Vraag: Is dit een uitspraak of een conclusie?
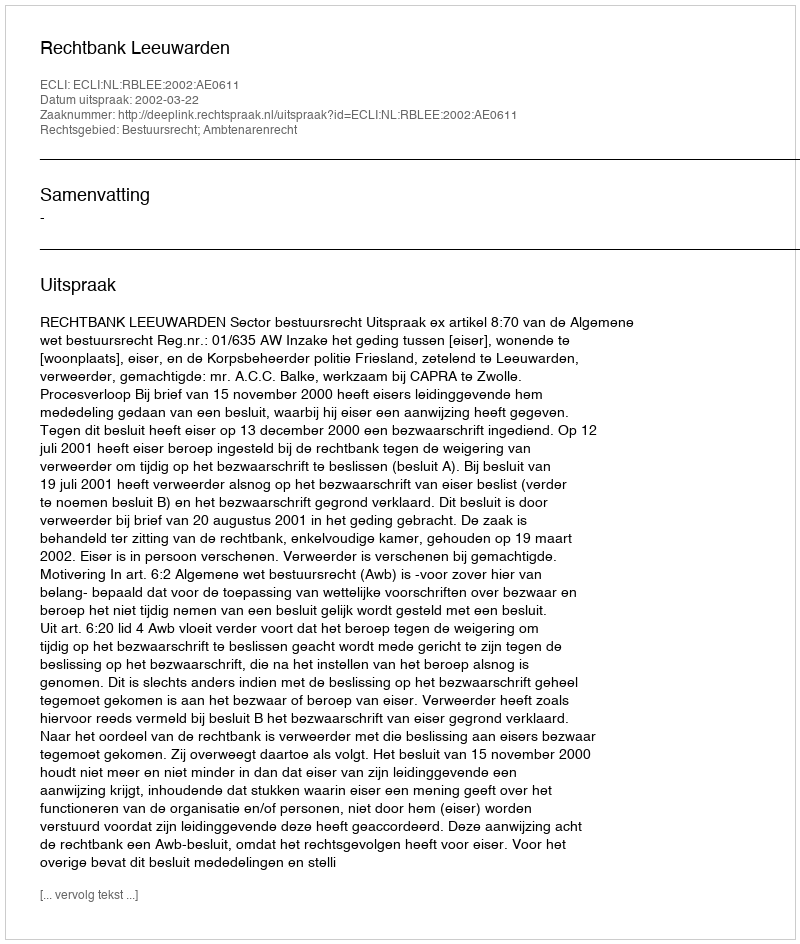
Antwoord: Uitspraak